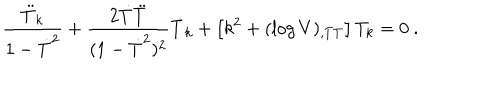
\frac { \ddot { T } _ { k } } { 1 - \dot { T } ^ { 2 } } + \frac { 2 \dot { T } \ddot { T } } { ( 1 - \dot { T } ^ { 2 } ) ^ { 2 } } \dot { T } _ { k } + \left[ k ^ { 2 } + ( \log V ) _ { , T T } \right] T _ { k } = 0 \ .